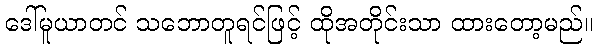
ဒေါ်မူယာတင် သဘောတူရင်ဖြင့် ထိုအတိုင်းသာ ထားတော့မည်။